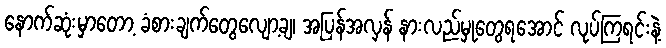
နောက်ဆုံးမှာတော့ ခံစားချက်တွေလျော့ချ၊ အပြန်အလှန် နားလည်မှုတွေရအောင် လုပ်ကြရင်းနဲ့